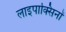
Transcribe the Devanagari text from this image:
लाइपाक्सिनों